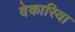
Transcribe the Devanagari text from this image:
वेकारिया